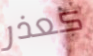
كعذر